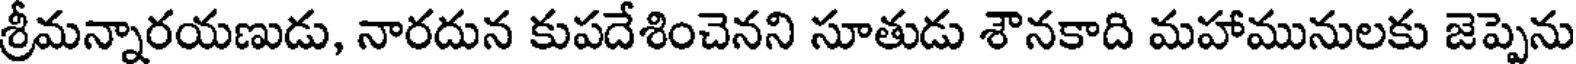
శ్రీమన్నారయణుడు, నారదున కుపదేశించెనని సూతుడు శౌనకాది మహామునులకు జెప్పెను